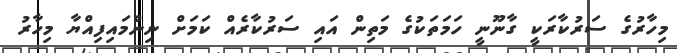
މިހާރުގެ ސަރުކާރަކީ ގާނޫނީ ހަމަތަކުގެ މަތިން އައި ސަރުކާރެއް ކަމަށް ނިންމައިފިއްޔާ މިހާރު